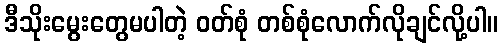
ဒီသိုးမွေးတွေမပါတဲ့ ဝတ်စုံ တစ်စုံလောက်လိုချင်လို့ပါ။